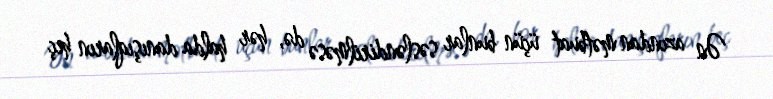
Ən azından mətbuat üçün bunlar səsləndirilməsə də, hər halda danışıqların heç